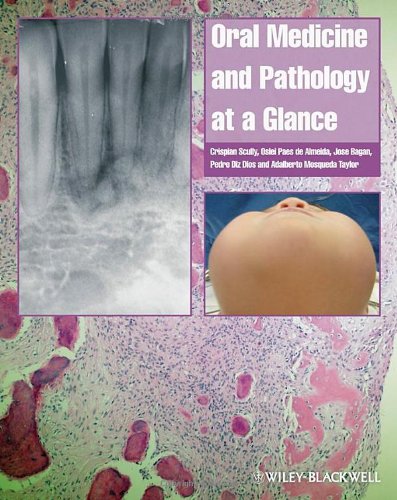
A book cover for Oral Medicine and Pathology at a Glance; Crispian Scully; Medical Books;